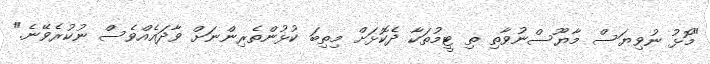
"މޮޅު ނުވިޔަސް މާޔޫސްނުވާތި ތި ޓީމުތަކާ ދެކޮޅަށް މިތިބަ ކުޅުންތެރިންނަށް ވާދައެއްވެސް ނުކުރެވޭނެ."